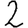
Digit: 2